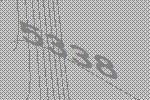
5338